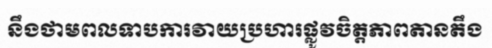
នឹងថាមពលទាបការវាយប្រហារផ្លូវចិត្តភាពតានតឹង